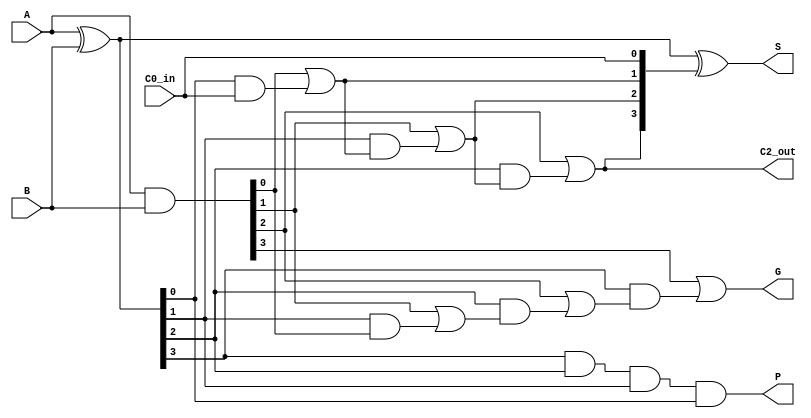
module fastAdder_4(
  input[3:0] A,
  input[3:0] B,
  input C0_in,
  output[3:0] S,
  output G,//G3
  output P,//P3
  output C2_out////the carry out of the third bit of adder, just for for judging Overflow or not
);
wire[3:0] g,p;
wire[3:0] c;
assign c[0]=C0_in;
assign p=A^B;
assign g=A&B;
assign c[1]=g[0]|(p[0]&c[0]);
assign c[2]=g[1]|(p[1]&(g[0]|(p[0]&c[0])));
assign c[3]=g[2]|(p[2]&(g[1]|(p[1]&(g[0]|(p[0]&c[0])))));
assign S=p^c[3:0];

assign G=g[3]|(p[3]&(g[2]|(p[2]&(g[1]|(p[1]&g[0])))));//the last carry out
assign P=p[3]&p[2]&p[1]&p[0];
assign C2_out=c[3];
endmodule


module Carry_Generation(//(G,P)=(G1,P1) dot ((G0,P0)=(G1+G0P0,P1P0)
input [1:0] G,
input [1:0] P,
input Ci,
output Go,
output Po,
output Co
);
assign Go=G[1]|(P[1]&G[0]);
assign Po=P[1]&P[0];
assign Co=G[0]|(P[0]&Ci);//(CO,0)=(G,P) dot ((Ci,0)
endmodule


module add_8(//
input [7:0] A,
input[7:0] B,
input  Ci,
output [7:0]S,
output G,
output P,
output C8in
);
wire [1:0] g,p;
wire c1;
wire C4in;
fastAdder_4   A0(A[3:0],B[3:0],Ci,S[3:0],g[0],p[0],C4in);
Carry_Generation  CC(g,p,Ci,G,P,c1);
fastAdder_4    A1(A[7:4],B[7:4],c1,S[7:4],g[1],p[1],C8in);
endmodule

module add_16(
input [15:0] A,
input[15:0] B,
input  Ci,
output [15:0]S,
output G,
output P,
output C16in
);
wire [1:0] g,p;
wire c1;
wire C8in;
add_8   A0(A[7:0],B[7:0],Ci,S[7:0],g[0],p[0],C8in);
Carry_Generation  CC(g,p,Ci,G,P,c1);
add_8     A1(A[15:8],B[15:8],c1,S[15:8],g[1],p[1],C16in);
endmodule

module add_32(
input [31:0] A,
input[31:0] B,
input  Ci,
output [31:0]S,
output G,
output P,
output C32in
);
wire [1:0] g,p;
wire c1;
wire C16in;
add_16  A0(A[15:0],B[15:0],Ci,S[15:0],g[0],p[0],C16in);
Carry_Generation  CC(g,p,Ci,G,P,c1);
add_16     A1(A[31:16],B[31:16],c1,S[31:16],g[1],p[1],C32in);
endmodule

module Add32(
output  Overflow,
output [31:0] result,
input  [31:0] A,
input  [31:0] B,
input isSub,//if A-B ,then isSub=1, else isSub=0
input isSign
);
wire [31:0] Btemp;
wire g,p,Ci,C31_out;
wire C31_in;
assign Btemp=isSub?~B:B;//if A-B ,the -B=~B+1
assign Ci=isSub;
assign C31_out=g|(p&isSub);
add_32 tree_add32(A,Btemp,Ci,result,g,p,C31_in);//This pin is deliberately brought out just for judging Overflow or not
assign Overflow=isSign?(C31_out^C31_in):(C31_out^isSub);
endmodule